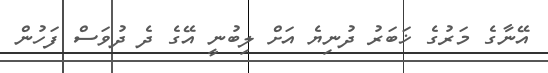
އޭނާގެ މަރުގެ ޚަބަރު ދުނިޔެ އަށް ލިބުނީ އޭގެ ދެ ދުވަސް ފަހުން